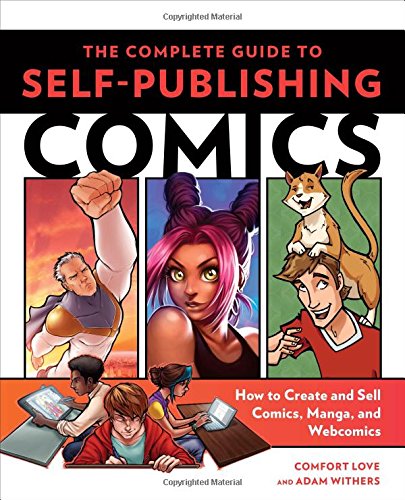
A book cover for The Complete Guide to Self-Publishing Comics: How  to Create and Sell Comic Books, Manga, and Webcomics; Comfort Love; Comics & Graphic Novels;